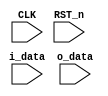
// for4D

module DFF_link_for (
    input CLK,
    input RST_n,
    input i_data,
    input o_data
    );
    
    reg dff[3:0];
    integer loop;
    
    assign o_data  = dff[3];
    
    always @(posedge CLK or negedge RST_n) begin
        if (!RST_n) begin
            for (loop  = 0; loop < 4; loop = loop + 1) begin
                dff[loop] <= 1'b0;
            end
        end
        else begin
            dff[0] <= i_data;
            for (loop = 1; loop < 4; loop = loop +1) begin
                dff[loop] = dff[loop - 1];
            end
        end
    end
    
endmodule